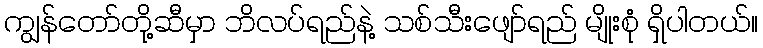
ကျွန်တော်တို့ဆီမှာ ဘိလပ်ရည်နဲ့ သစ်သီးဖျော်ရည် မျိုးစုံ ရှိပါတယ်။